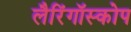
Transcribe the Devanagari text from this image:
लैरिंगॉस्कोप